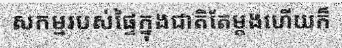
សកម្មរបស់ផ្ទៃក្នុងជាតិតែម្តងហើយក៏